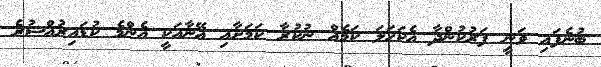
ބުނެފައި ވަނީ ފަރުކުންދާ އެކަހަލަ ކަމެއް ނުކުރާ ކަމަށާއި އޭނާއަކީ އެންމެ ކުޑައިރުއްސުރެ